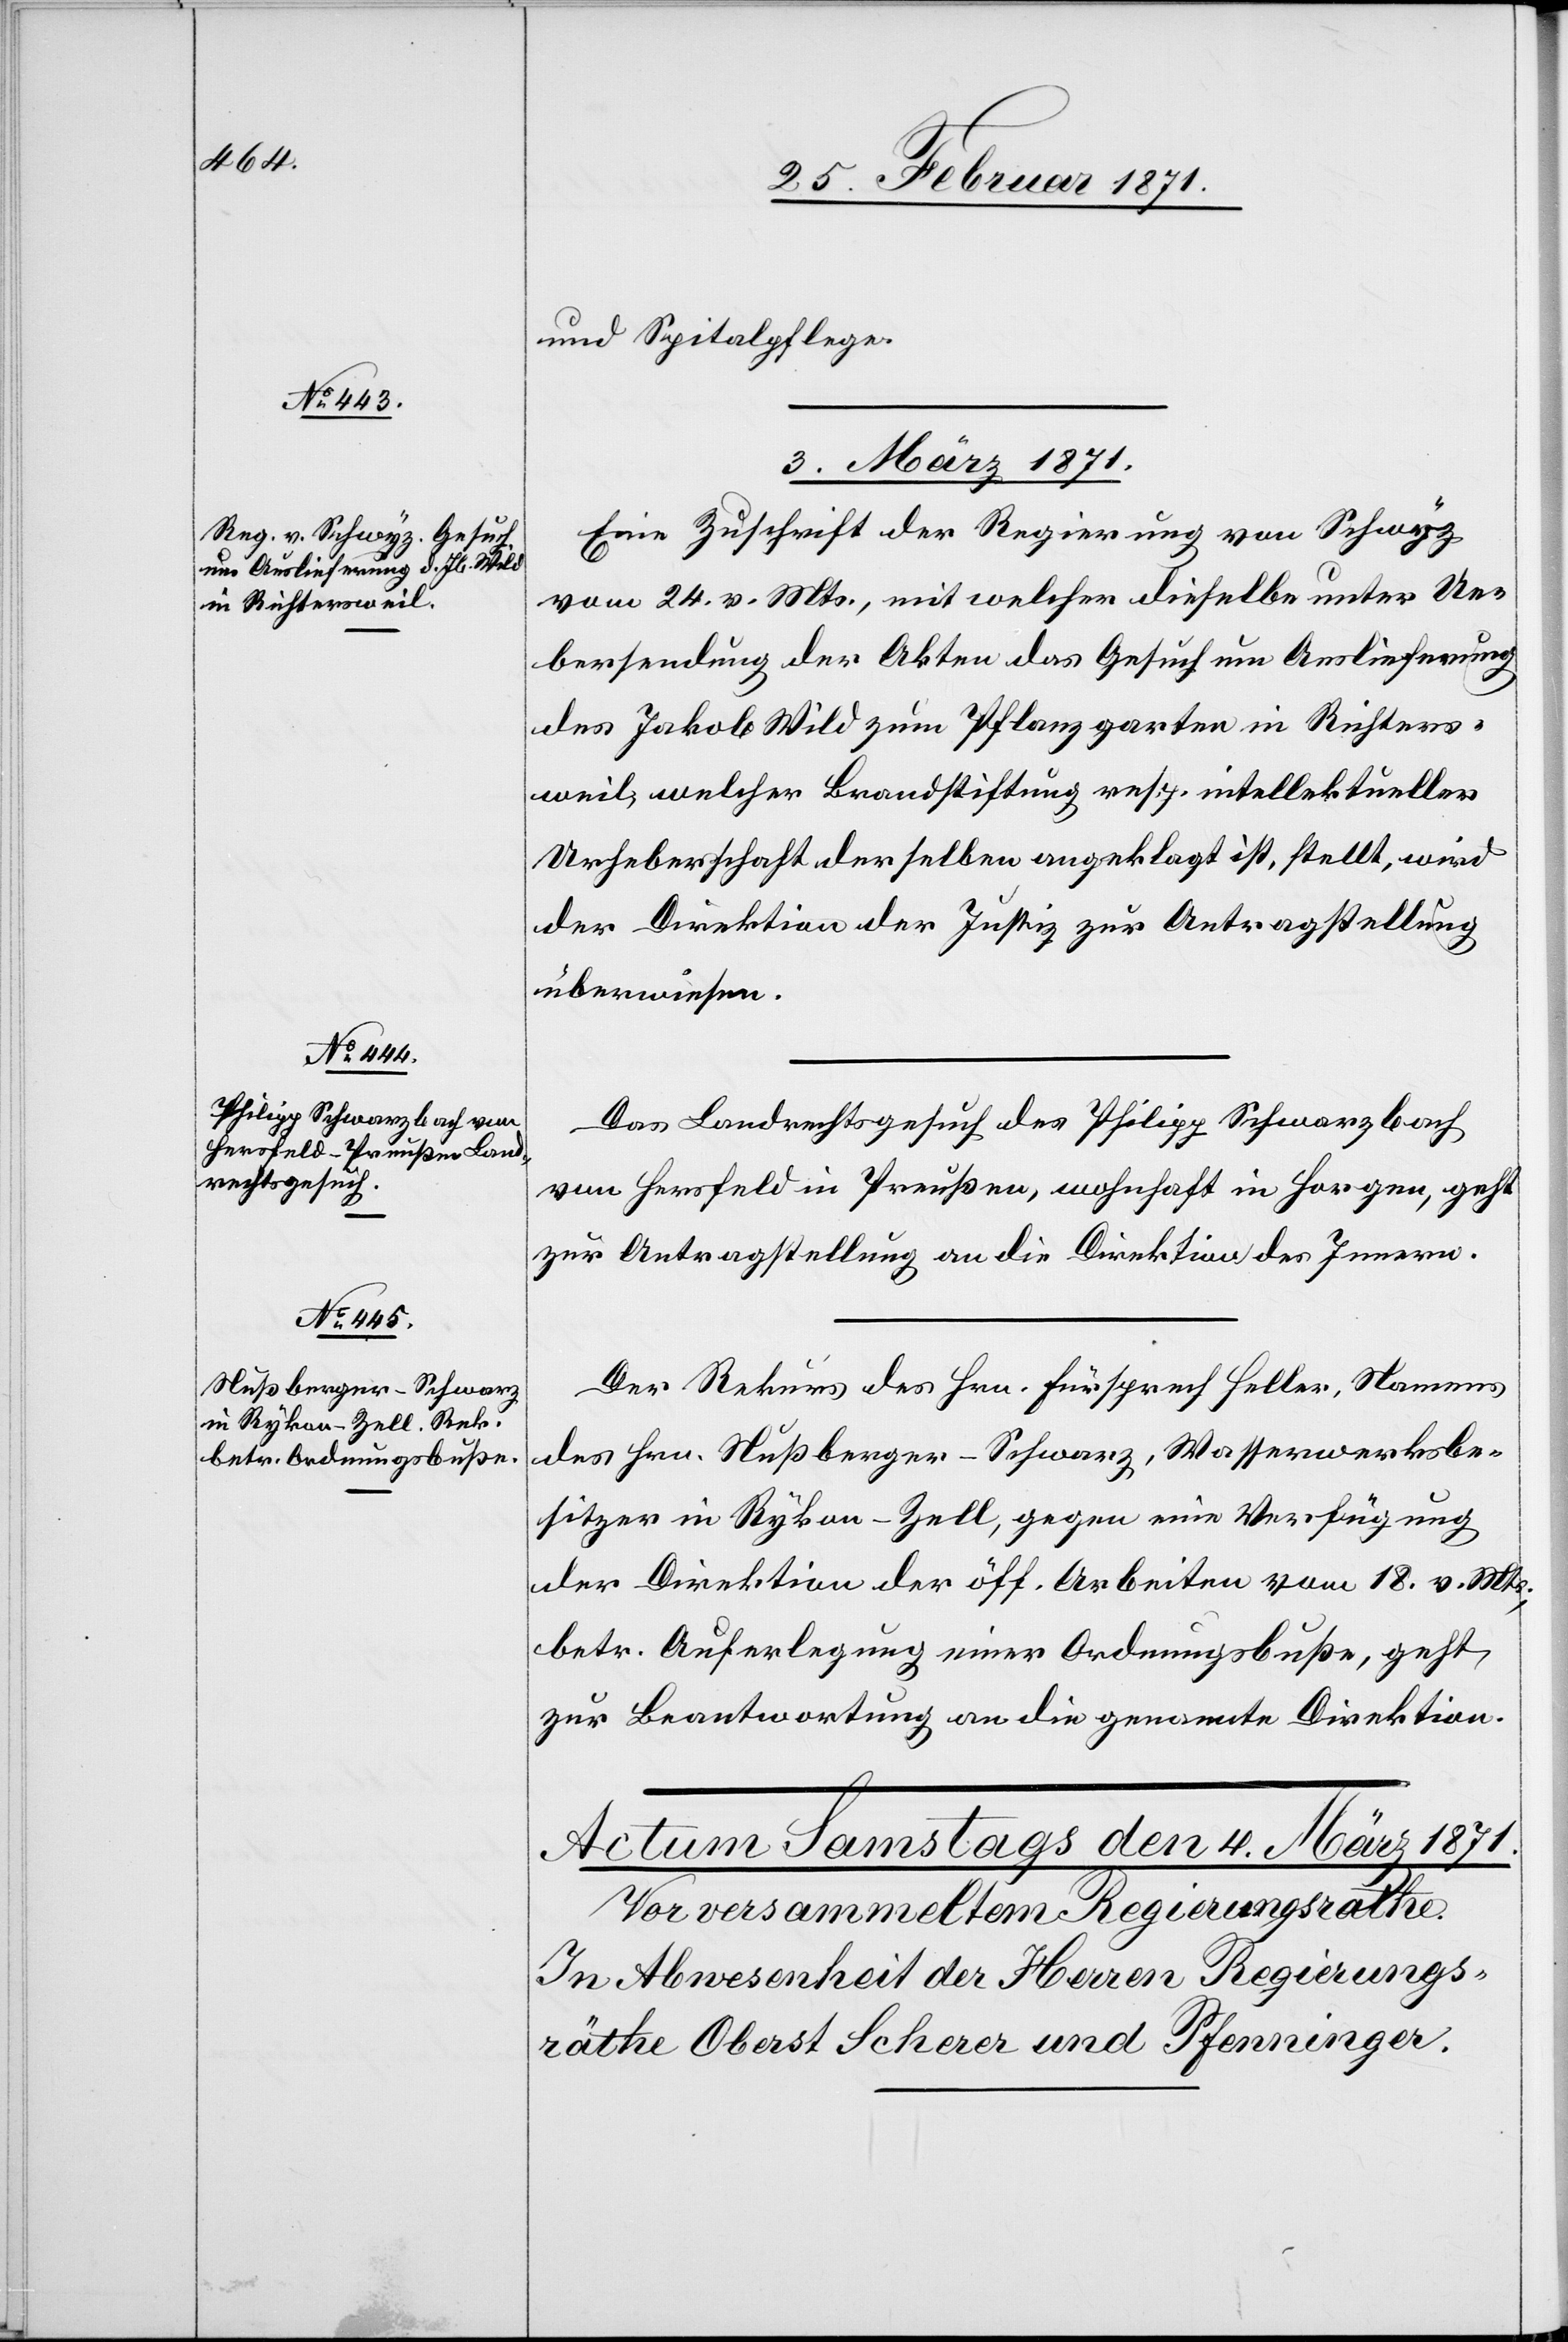
und Spitalpflege.
03. März 1871.]
Eine Zuschrift der Regierung von Schwyz
vom 24. v. Mts., mit welcher dieselbe unter Ue¬
bersendung der Akten das Gesuch um Auslieferung
des Jakob Wild zum Pflanzgarten in Richters¬
weil, welcher Brandstiftung resp. intellektueller
Urheberschaft der selben angeklagt ist, stellt, wird
der Direktion der Justiz zur Antragstellung
überwiesen.
Das Landrechtsgesuch des Philipp Schwarzbach
von Hersfeld in Preußen, wohnhaft in Horgen, geht
zur Antragstellung an die Direktion des Innern.
Der Rekurs des Hrn. Fürsprech Heller, Namens
des Hrn. Nußberger-Schwarz, Wasserwerksbe¬
sitzer in Rykon-Zell, gegen eine Verfügung
der Direktion der öff. Arbeiten vom 18. v. Mts.,
betr. Auferlegung einer Ordnungsbuße, geht
zur Beantwortung an die genannte Direktion.